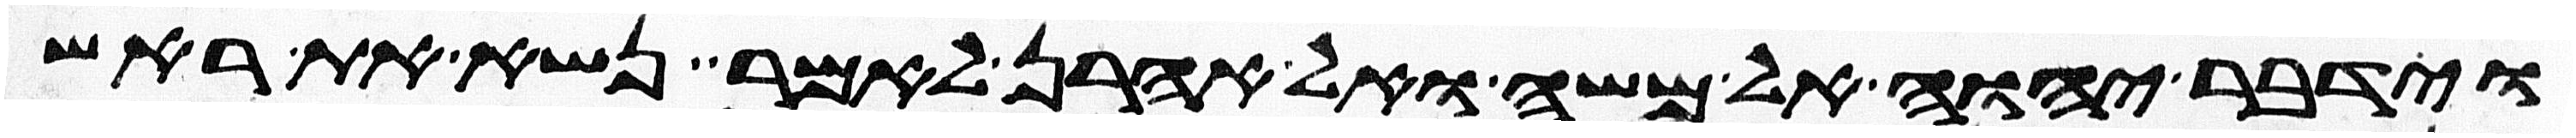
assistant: וידבר יהוה אל משה ואל אהרן לאמר נשא את ראש